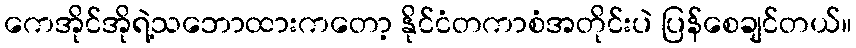
ကေအိုင်အိုရဲ့သဘောထားကတော့ နိုင်ငံတကာစံအတိုင်းပဲ ပြန်စေချင်တယ်။